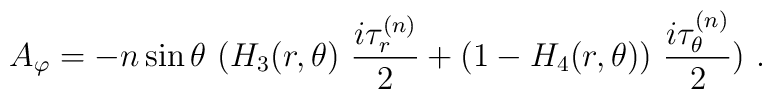
A_\varphi = -n \sin \theta\ ( H_3(r,\theta) \ \frac{i \tau_{r}^{(n)}}{2}               +(1 - H_4(r,\theta)) \ \frac{i \tau_{\theta}^{(n)}}{2}) \ . \